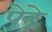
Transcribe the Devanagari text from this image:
पेद्रे